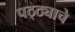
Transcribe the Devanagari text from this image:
पठ्ठ्याचे